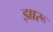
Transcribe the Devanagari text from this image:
झारू